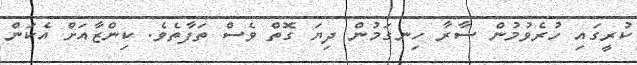
ކުރީގައި ހުރެވުމުން ސާރާ ހިނގަމުން ދިޔަ ގޮތް ވެސް ތަފާތެވެ. ކިންޒާއަށް އެކަން